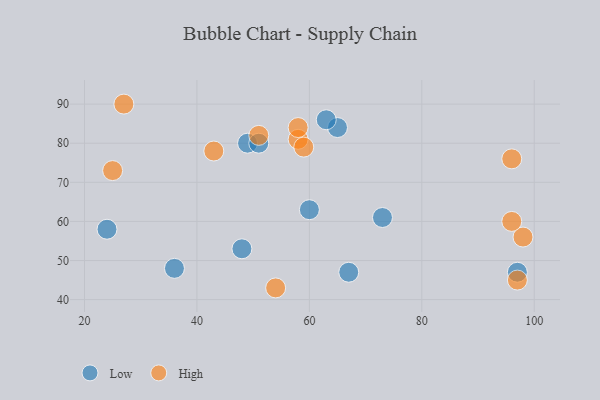
{"axis": {"x": "GDP", "y": "Life Expectancy"}, "legend": ["High", "Low"], "data": [{"x": "67", "y": 47, "type": "Low"}, {"x": "73", "y": 61, "type": "Low"}, {"x": "49", "y": 80, "type": "Low"}, {"x": "24", "y": 58, "type": "Low"}, {"x": "60", "y": 63, "type": "Low"}, {"x": "65", "y": 84, "type": "Low"}, {"x": "51", "y": 80, "type": "Low"}, {"x": "63", "y": 86, "type": "Low"}, {"x": "48", "y": 53, "type": "Low"}, {"x": "36", "y": 48, "type": "Low"}, {"x": "97", "y": 47, "type": "Low"}, {"x": "58", "y": 81, "type": "High"}, {"x": "96", "y": 76, "type": "High"}, {"x": "25", "y": 73, "type": "High"}, {"x": "98", "y": 56, "type": "High"}, {"x": "59", "y": 79, "type": "High"}, {"x": "58", "y": 84, "type": "High"}, {"x": "43", "y": 78, "type": "High"}, {"x": "96", "y": 60, "type": "High"}, {"x": "97", "y": 45, "type": "High"}, {"x": "54", "y": 43, "type": "High"}, {"x": "51", "y": 82, "type": "High"}, {"x": "27", "y": 90, "type": "High"}]}